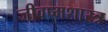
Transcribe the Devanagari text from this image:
जीवष्मशास्त्र